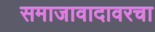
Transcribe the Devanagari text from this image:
समाजावादावरचा